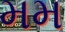
મમ